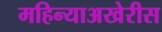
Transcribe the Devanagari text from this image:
महिन्याअखेरीस